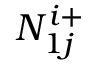
N _ { 1 j } ^ { i + }